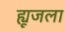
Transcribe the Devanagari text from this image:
ह्यूजला